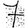
Digit: 7